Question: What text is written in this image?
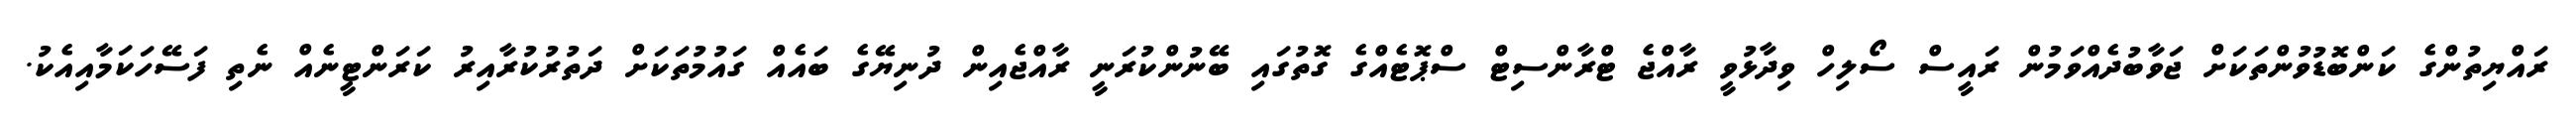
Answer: ރައްޔިތުންގެ ކަންބޮޑުވުންތަކަށް ޖަވާބުދެއްވަމުން ރައީސް ސޯލިހް ވިދާޅުވީ ރާއްޖެ ޓްރާންސިޓް ސްޕޮޓެއްގެ ގޮތުގައި ބޭނުންކުރަނީ ރާއްޖެއިން ދުނިޔޭގެ ބައެއް ގައުމުތަކަށް ދަތުރުކުރާއިރު ކަރަންޓީނެއް ނެތި ފަސޭހަކަމާއިއެކު.